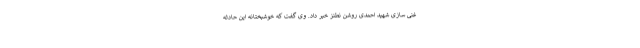
غنی سازی شهید احمدی روشن نطنز خبر داد. وی گفت که خوشبختانه این حادثه